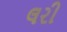
લરી